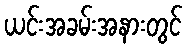
ယင်းအခမ်းအနားတွင်